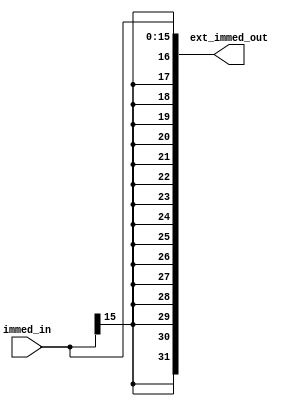
module sign_extend( immed_in, ext_immed_out );
	input[15:0] immed_in;
	output[31:0] ext_immed_out;
	assign ext_immed_out = { {16{immed_in[15]}}, immed_in };
endmodule